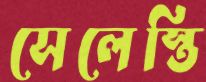
সেলেস্তি